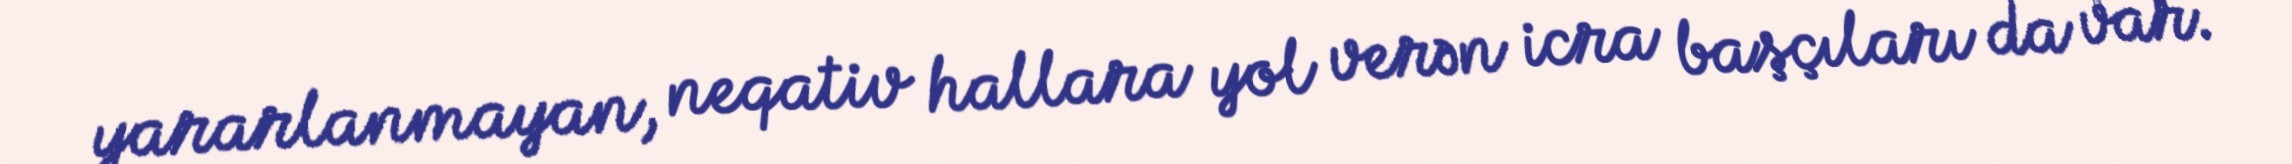
yararlanmayan, neqativ hallara yol verən icra başçıları da var.